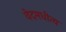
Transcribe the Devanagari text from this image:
वेदमधीत्य